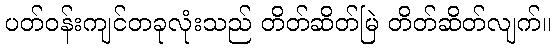
ပတ်ဝန်းကျင်တခုလုံးသည် တိတ်ဆိတ်မြဲ တိတ်ဆိတ်လျက်။